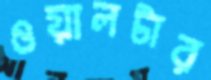
ওয়ালটার